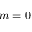
m = 0